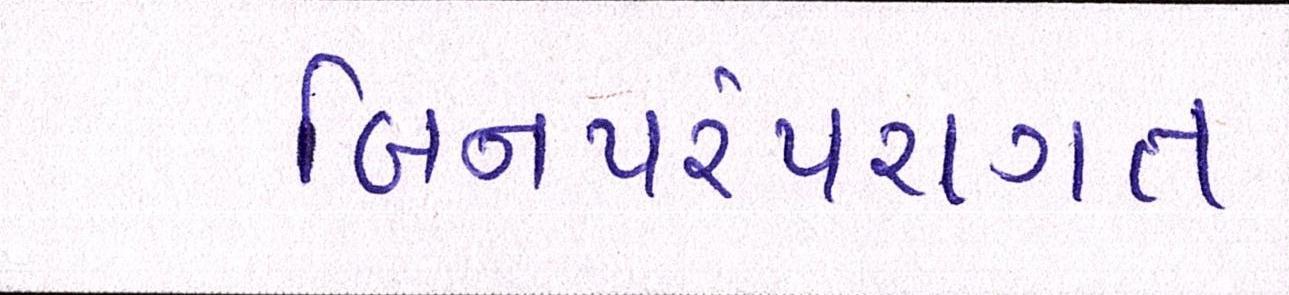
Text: બિનપરંપરાગત